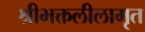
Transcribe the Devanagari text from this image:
श्रीभक्तलीलामृत